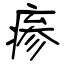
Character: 瘆